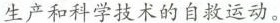
生产和科学技术的自救运动。